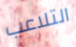
التلاعب